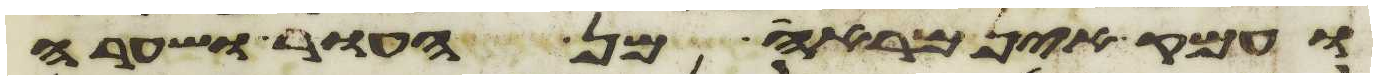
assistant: ועמק אין מראה מן העור ושערה